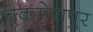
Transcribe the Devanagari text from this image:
चकमेरापुर